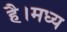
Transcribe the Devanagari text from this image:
है।मध्य